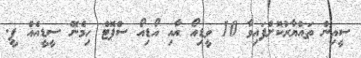
ސީއިން ތައްޔާރުކޮށްފައިވާ 10 ވީޑިއޯ އާއި އޯޑިއޯ ސްޕޮޓް ހިމެނޭ ސީޑީއެއް ޕީ.